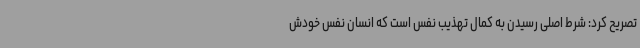
تصریح کرد: شرط اصلی رسیدن به کمال تهذیب نفس است که انسان نفس خودش